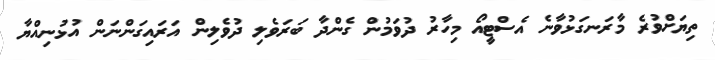
ތިޔަށްވުރެ މާރަނގަޅުވާނެ އެސްޓީއޯ މިހާރު ދުވަމުން ގެންދާ ބަރަވެލި ދުވެލިން އަރައިގަންނަން އުޅުނިއްޔާ